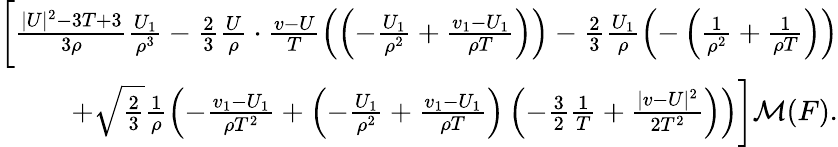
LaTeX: \begin{array}{r}{\bigg[\frac{|U|^{2}-3T+3}{3\rho}\frac{U_{1}}{\rho^{3}}-\frac{2}{3}\frac{U}{\rho}\cdot\frac{v-U}{T}\left(\left(-\frac{U_{1}}{\rho^{2}}+\frac{v_{1}-U_{1}}{\rho T}\right)\right)-\frac{2}{3}\frac{U_{1}}{\rho}\left(-\left(\frac{1}{\rho^{2}}+\frac{1}{\rho T}\right)\right)}\\ {+\sqrt{\frac{2}{3}}\frac{1}{\rho}\left(-\frac{v_{1}-U_{1}}{\rho T^{2}}+\left(-\frac{U_{1}}{\rho^{2}}+\frac{v_{1}-U_{1}}{\rho T}\right)\left(-\frac{3}{2}\frac{1}{T}+\frac{|v-U|^{2}}{2T^{2}}\right)\right)\bigg]\mathcal{M}(F).}\end{array}